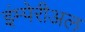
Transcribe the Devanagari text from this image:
इंम्पेरीअल